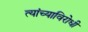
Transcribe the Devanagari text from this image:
त्यांच्याविरोधी